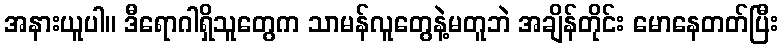
အနားယူပါ။ ဒီရောဂါရှိသူတွေက သာမန်လူတွေနဲ့မတူဘဲ အချိန်တိုင်း မောနေတတ်ပြီး